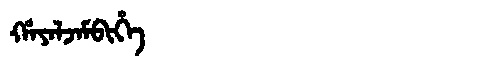
Manchu: ᡥᠠᠶᠠᠯᠵᠠᠮᠪᡳᡥᡝ
Romanization: HAYALJAMBIHE